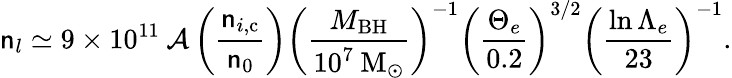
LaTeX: \mathsf{n}_{l}\simeq9\times10^{11}\: \mathcal{{A}}\left(\frac{{\mathsf{n}_{i,\mathrm{{c}}}}}{{\mathsf{n}_{0}}}\right)\left(\frac{{M_{\mathrm{{BH}}}}}{{10^{7}\: \mathrm{{M}}_{\odot}}}\right)^{-1}\left(\frac{{\Theta_{e}}}{{0.2}}\right)^{3/2}\left(\frac{{\ln{\Lambda_{e}}}}{{23}}\right)^{-1}.